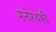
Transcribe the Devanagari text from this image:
मनोरथकी